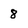
Character: 8